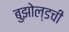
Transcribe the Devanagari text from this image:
बुझोल्डची